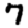
Digit: 7